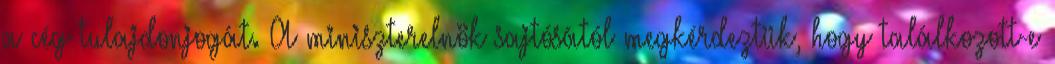
a cég tulajdonjogát. A miniszterelnök sajtósától megkérdeztük, hogy találkozott-e